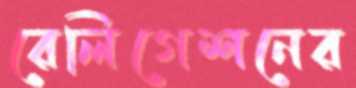
রেলিগেশনের